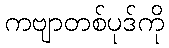
ကဗျာတစ်ပုဒ်ကို